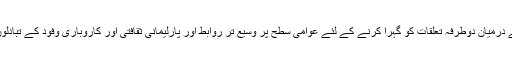
صدر نے دونوں ممالک کے درمیان دوطرفہ تعلقات کو گہرا کرنے کے لئے عوامی سطح پر وسیع تر روابط اور پارلیمانی ثقافتی اور کاروباری وفود کے تبادلوں کی ضرورت پر زور دیا۔